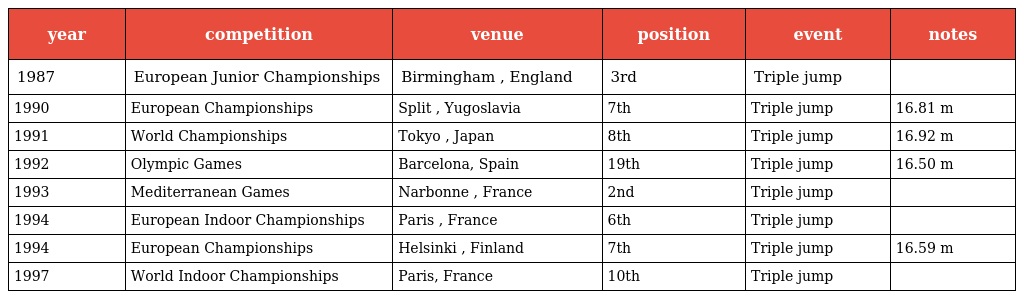
| year | competition | venue | position | event | notes |
 | --- | --- | --- | --- | --- | --- |
 | 1987 | European Junior Championships | Birmingham , England | 3rd | Triple jump |  |
 | 1990 | European Championships | Split , Yugoslavia | 7th | Triple jump | 16.81 m |
 | 1991 | World Championships | Tokyo , Japan | 8th | Triple jump | 16.92 m |
 | 1992 | Olympic Games | Barcelona, Spain | 19th | Triple jump | 16.50 m |
 | 1993 | Mediterranean Games | Narbonne , France | 2nd | Triple jump |  |
 | 1994 | European Indoor Championships | Paris , France | 6th | Triple jump |  |
 | 1994 | European Championships | Helsinki , Finland | 7th | Triple jump | 16.59 m |
 | 1997 | World Indoor Championships | Paris, France | 10th | Triple jump |  |